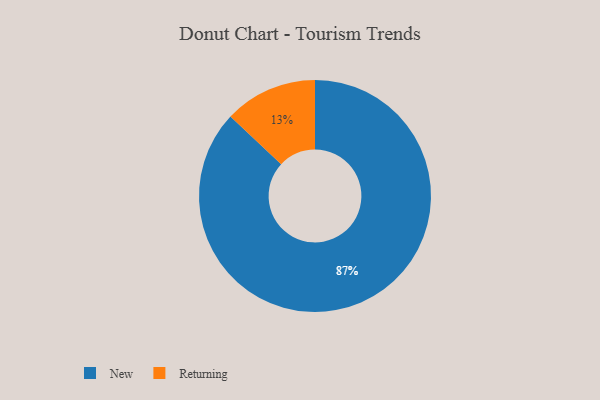
{"axis": {"x": "Category", "y": "Percentage"}, "legend": ["New", "Returning"], "data": [{"x": "Returning", "y": 13, "type": "Returning"}, {"x": "New", "y": 87, "type": "New"}]}